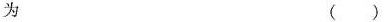
为 ( )